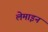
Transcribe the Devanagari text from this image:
लेमाइन